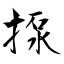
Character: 揼